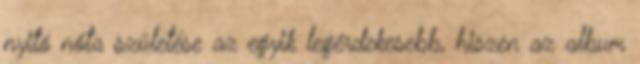
nyitó nóta születése az egyik legérdekesebb, hiszen az album